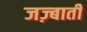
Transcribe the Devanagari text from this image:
जज़्बाती